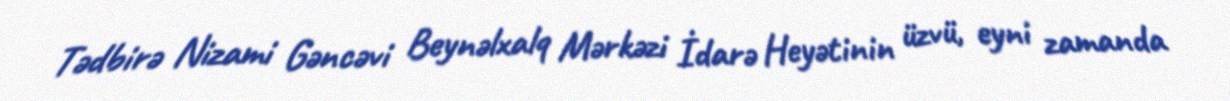
Tədbirə Nizami Gəncəvi Beynəlxalq Mərkəzi İdarə Heyətinin üzvü, eyni zamanda